画像に写った文字を読んでください
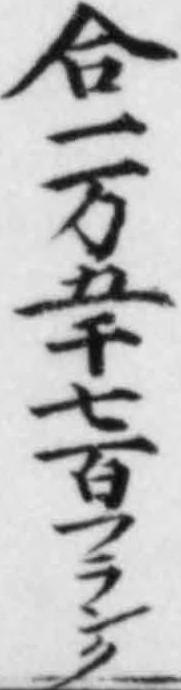
「合一万五千七百フランク」と書いてあります